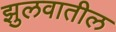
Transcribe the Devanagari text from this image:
झुलवातील